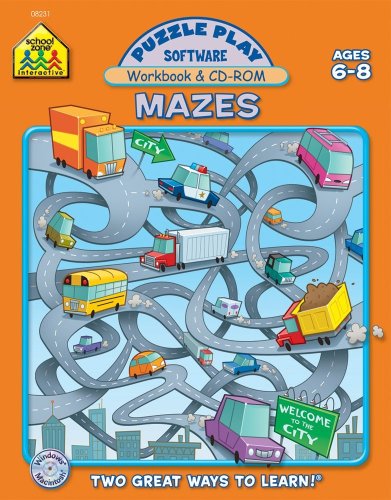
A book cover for Mazes: Puzzle Play Software, Ages 6-8; Jennifer Neumann; Children's Books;